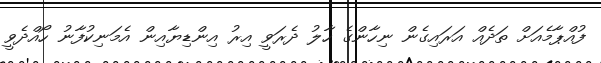
ފުއްޕާމެއަށް ތަދެއް އަރައިގެން ނިހާންގެ ހާލު ދެރަވީ އިރު އިންޑިޔާއިން އެމަނިކުފާނު ހޯއްދެވީ